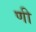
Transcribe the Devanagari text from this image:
णी